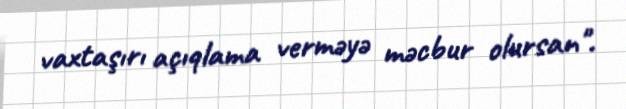
vaxtaşırı açıqlama verməyə məcbur olursan".